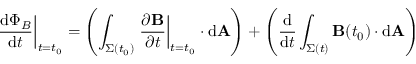
\left. { \frac { \mathrm { d } \Phi _ { B } } { \mathrm { d } t } } \right| _ { t = t _ { 0 } } = \left( \int _ { \Sigma ( t _ { 0 } ) } \left. { \frac { \partial \mathbf { B } } { \partial t } } \right| _ { t = t _ { 0 } } \cdot \mathrm { d } \mathbf { A } \right) + \left( { \frac { \mathrm { d } } { \mathrm { d } t } } \int _ { \Sigma ( t ) } \mathbf { B } ( t _ { 0 } ) \cdot \mathrm { d } \mathbf { A } \right)